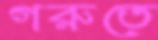
গরুতে